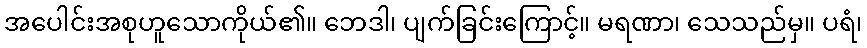
အပေါင်းအစုဟူသောကိုယ်၏။ ဘေဒါ၊ ပျက်ခြင်းကြောင့်။ မရဏာ၊ သေသည်မှ။ ပရံ၊